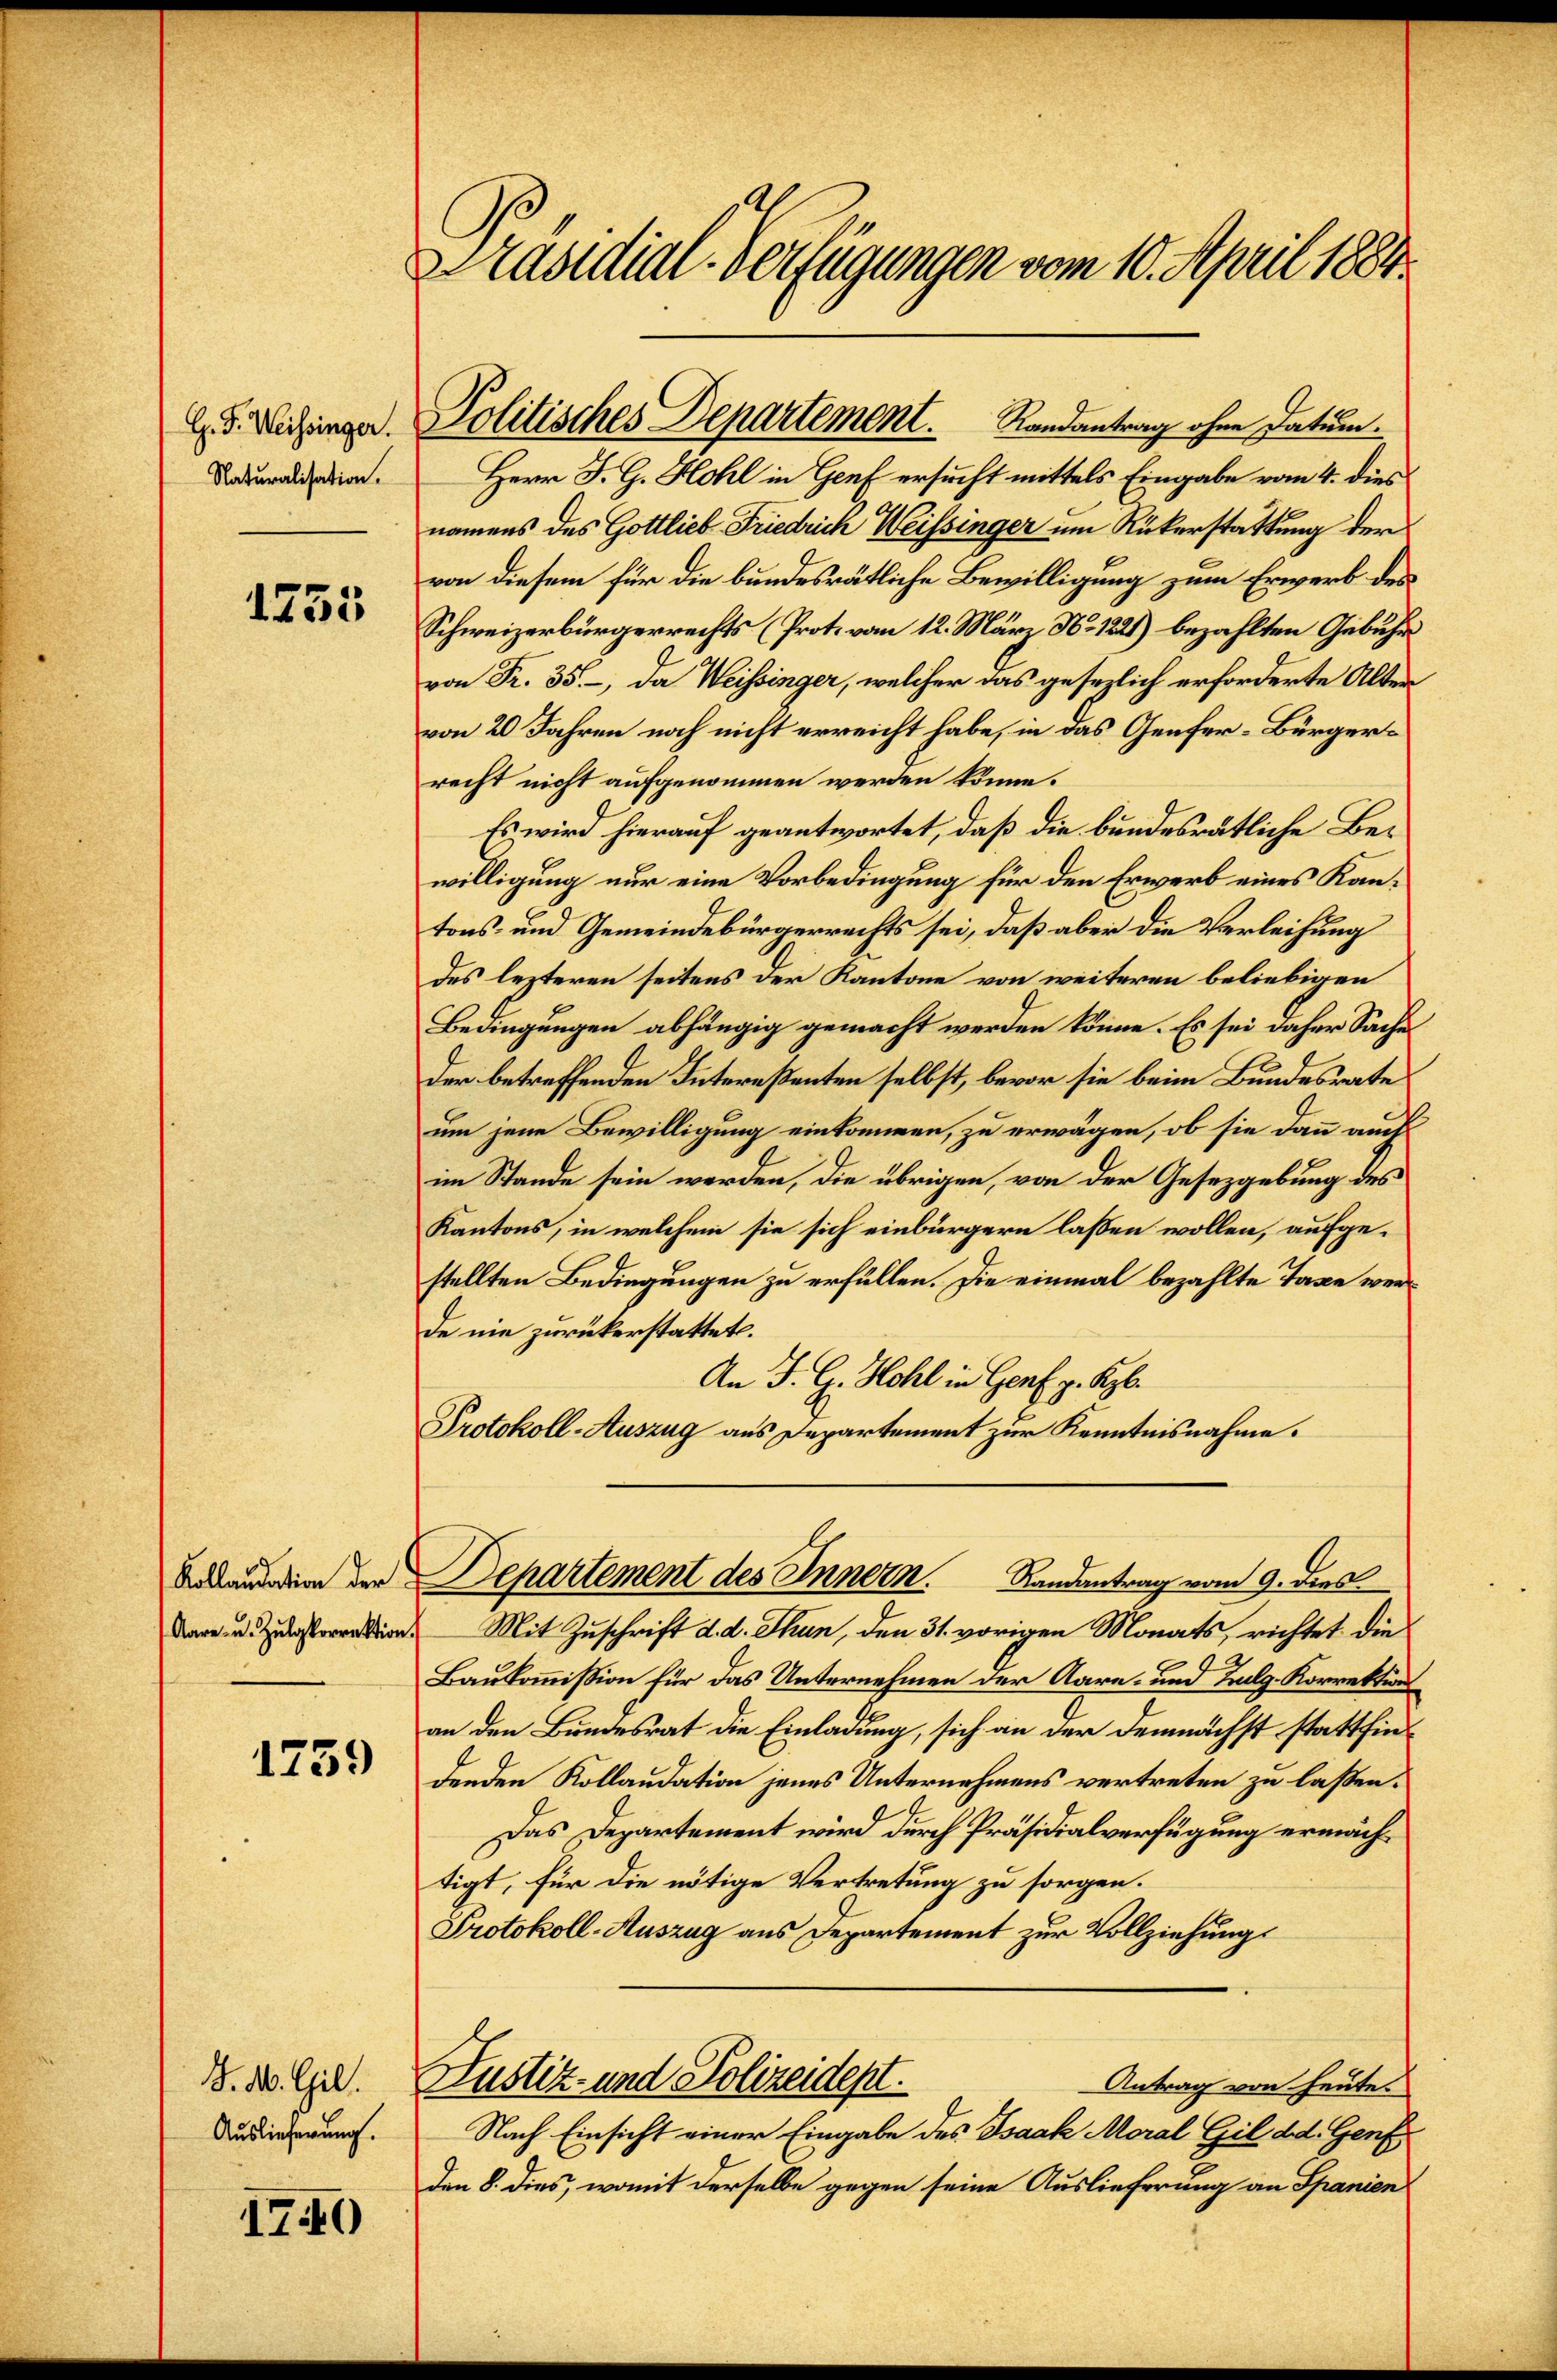
G. J. Weissinger.
Naturalisation.

1755

Kollaudation der
Aare u. Zulgkorrektion

1759

J. M. Gil.
Auslieferung.

1740

Präsidial-Verfügungen vom 10. April 1884.

Herr J. G. Hohl in Genf ersucht mittels Eingabe vom 4. dies
namens des Gottlieb Friedrich Weissinger um Rükerstattung der
von diesem für die bundesrätliche Bewilligung zum Erwerb des
Schweizerbürgerrechts (Prot. vom 12. März No. 1221) bezahlten Gebühr
von Fr. 35. – da Weissinger, welcher das gesezlich erforderte Alten
von 20 Jahren noch nicht erreicht habe, in das Genfer-Bürgerrecht nicht aufgenommen werden könne.
Es wird hierauf geantwortet, daß die bundesrätliche Bewilligung nur eine Vorbedingung für den Erwerb eines Kantons- und Gemeindebürgerrechts sei, daß aber die Verleihung
des lezteren seitens der Kantone von weiteren beliebigen
Bedingungen abhängig gemacht werden könne. Es sei daher Saches
der betreffenden Intereßenten selbst, bevor sie beim Bundesrate
um jene Bewilligung einkommen, zu erwägen, ob sie dann auch
im Stande sein werden, die übrigen, von der Gesetzgebung des
Kantons, in welchem sie sich einbürgern lassen wollen, aufge-
stellten Bedingungen zu erfüllen. Die einmal bezahlte Taxe werde nie zurückerstattet.
An J. G. Hohl in Genf g. Kgl.
Protokoll-Auszug aus Departement zur Kenntnisnahme.
Departement des Innern. Landantrag vom 9. dies
Mit Zuschrift d. d. Thun, den 31. vorigen Monats, richtet die
Baukommission für das Unternehmen der Aare- und Balg-Korrektion
an den Bundesrat die Einladung, sich an der demnächst stattfindenden Kollaudation jenes Unternehmens vertreten zu laßen.
Das Departement wird durch Präsidialverfügung ermächtigt, für die nötige Vertretung zu sorgen.
Protokoll-Auszug aus Departement zur Vollziehung
Justiz- und Polizeidept.
Antrag von heute.
Nach Einsicht einer Eingabe des Isaak Moral Gil dd. Genf
den 8. dies, womit derselbe gegen seine Auslieferung an Spanien

Politisches Departement.      Randantrag ohne Datum.